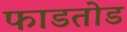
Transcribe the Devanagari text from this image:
फाडतोड